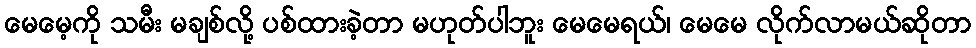
မေမေ့ကို သမီး မချစ်လို့ ပစ်ထားခဲ့တာ မဟုတ်ပါဘူး မေမေရယ်၊ မေမေ လိုက်လာမယ်ဆိုတာ